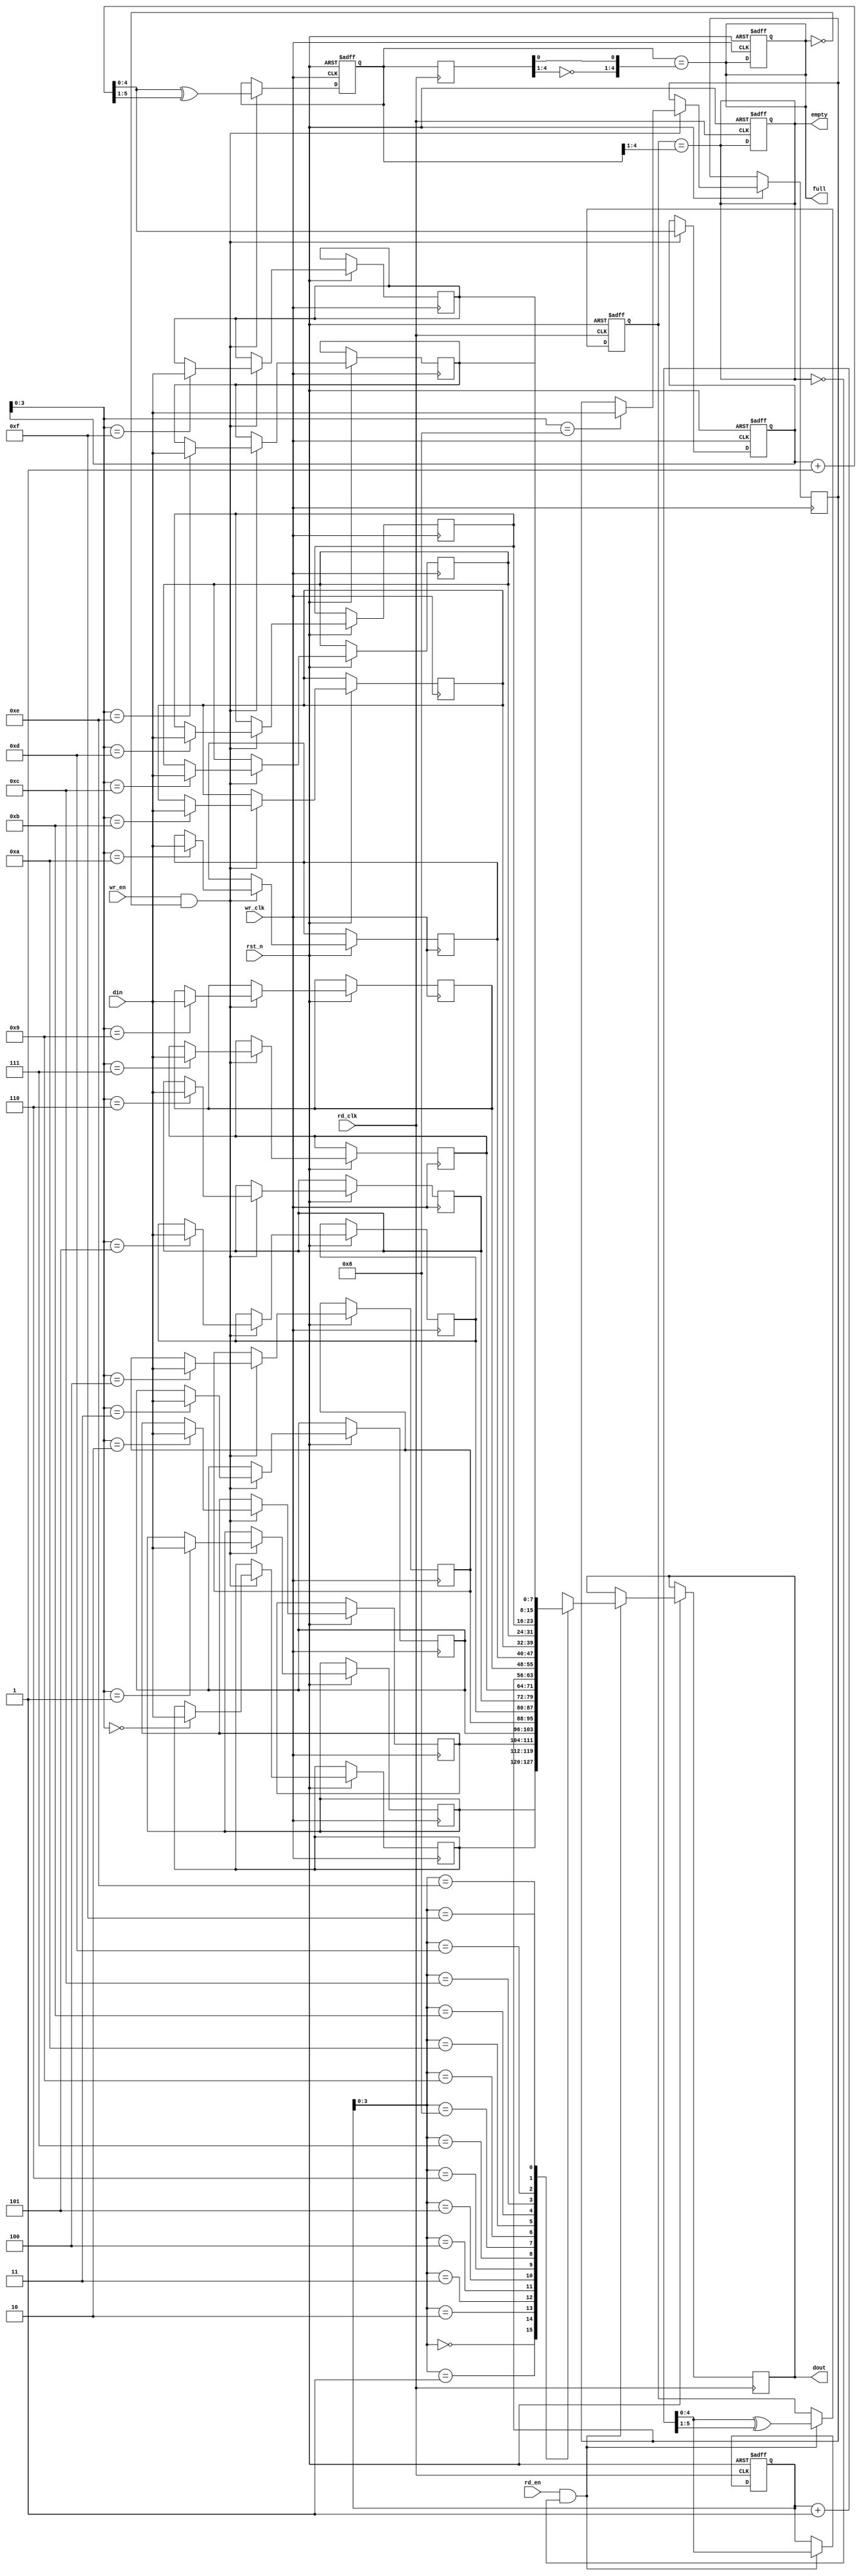
module async_fifo #(
    parameter DATA_WIDTH = 8,  // Width of data
    parameter FIFO_DEPTH = 16   // Depth of the FIFO (must be a power of 2)
) (
    input wire wr_clk,           // Write clock
    input wire rd_clk,           // Read clock
    input wire rst_n,            // Active-low reset
    input wire wr_en,            // Write enable
    input wire rd_en,            // Read enable
    input wire [DATA_WIDTH-1:0] din, // Data input
    output reg [DATA_WIDTH-1:0] dout, // Data output
    output reg full,             // FIFO full flag
    output reg empty             // FIFO empty flag
);

    // Internal signals
    reg [DATA_WIDTH-1:0] fifo_mem [0:FIFO_DEPTH-1]; // Memory array
    reg [4:0] wr_ptr;        // Write pointer
    reg [4:0] rd_ptr;        // Read pointer
    reg [4:0] wr_ptr_gray;   // Write pointer in Gray code
    reg [4:0] rd_ptr_gray;   // Read pointer in Gray code
    reg [4:0] rd_ptr_gray_sync; // Synchronized read pointer
    reg [4:0] wr_ptr_gray_sync; // Synchronized write pointer

    // Write operation
    always @(posedge wr_clk or negedge rst_n) begin
        if (!rst_n) begin
            wr_ptr <= 0;
            wr_ptr_gray <= 0;
            full <= 0;
        end else if (wr_en && !full) begin
            fifo_mem[wr_ptr] <= din;  // Write data to FIFO
            wr_ptr <= wr_ptr + 1;     // Increment write pointer
            wr_ptr_gray <= (wr_ptr + 1) ^ (wr_ptr + 1 >> 1); // Update Gray code
        end
    end

    // Read operation
    always @(posedge rd_clk or negedge rst_n) begin
        if (!rst_n) begin
            rd_ptr <= 0;
            rd_ptr_gray <= 0;
            empty <= 1;
        end else if (rd_en && !empty) begin
            dout <= fifo_mem[rd_ptr]; // Read data from FIFO
            rd_ptr <= rd_ptr + 1;     // Increment read pointer
            rd_ptr_gray <= (rd_ptr + 1) ^ (rd_ptr + 1 >> 1); // Update Gray code
        end
    end

    // Full and empty flag logic
    always @(*) begin
        full = (wr_ptr_gray[4:0] == {~rd_ptr_gray_sync[4:1], rd_ptr_gray_sync[0]});
        empty = (rd_ptr_gray[4:0] == wr_ptr_gray[4:1]);
    end

    // Pointer synchronization
    always @(posedge rd_clk) begin
        rd_ptr_gray_sync <= wr_ptr_gray; // Synchronize write pointer to read clock domain
    end

    always @(posedge wr_clk) begin
        wr_ptr_gray_sync <= rd_ptr_gray; // Synchronize read pointer to write clock domain
    end

endmodule